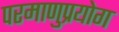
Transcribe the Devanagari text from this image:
परमाणुप्रयोग